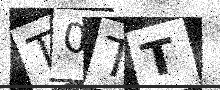
Text: T0TT